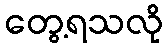
တွေ့ရသလို